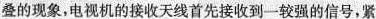
叠的现象，电视机的接收天线首先接收到一较强的信号，紧